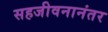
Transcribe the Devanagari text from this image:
सहजीवनानंतर